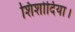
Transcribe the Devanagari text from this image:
शिशोदिया।